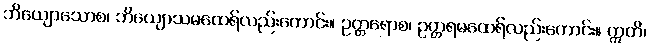
ဘိယျောသောစ၊ ဘိယျောသမထေရ်လည်းကောင်း။ ဥတ္တရောစ၊ ဥတ္တရမထေရ်လည်းကောင်း။ ဣတိ၊